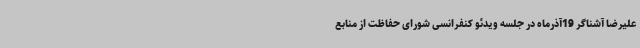
علیرضا آشناگر 19آذرماه در جلسه ویدئو کنفرانسی شورای حفاظت از منابع